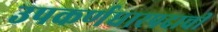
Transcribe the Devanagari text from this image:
उपकर्णधारपदाची